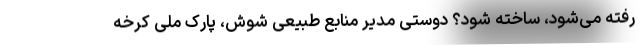
رُفته می‌شود، ساخته شود؟ دوستی مدیر منابع طبیعی شوش، پارک ملی کرخه